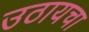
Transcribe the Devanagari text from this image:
उठायचा